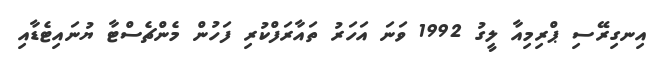
އިނގިރޭސި ޕްރިމިއާ ލީގު 1992 ވަނަ އަހަރު ތައާރަފްކުރި ފަހުން މެންޗެސްޓާ ޔުނައިޓެޑާއި